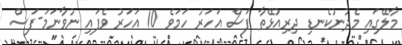
މާލޭގައި މެދުނުކެނޑި ދިރިއުޅޭތާ ފަސް އަހަރު ހަމަވެ 10 އަހަރު ވެފައި ނުވާނަމަ-ފަސް